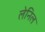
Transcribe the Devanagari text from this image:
लेनिल